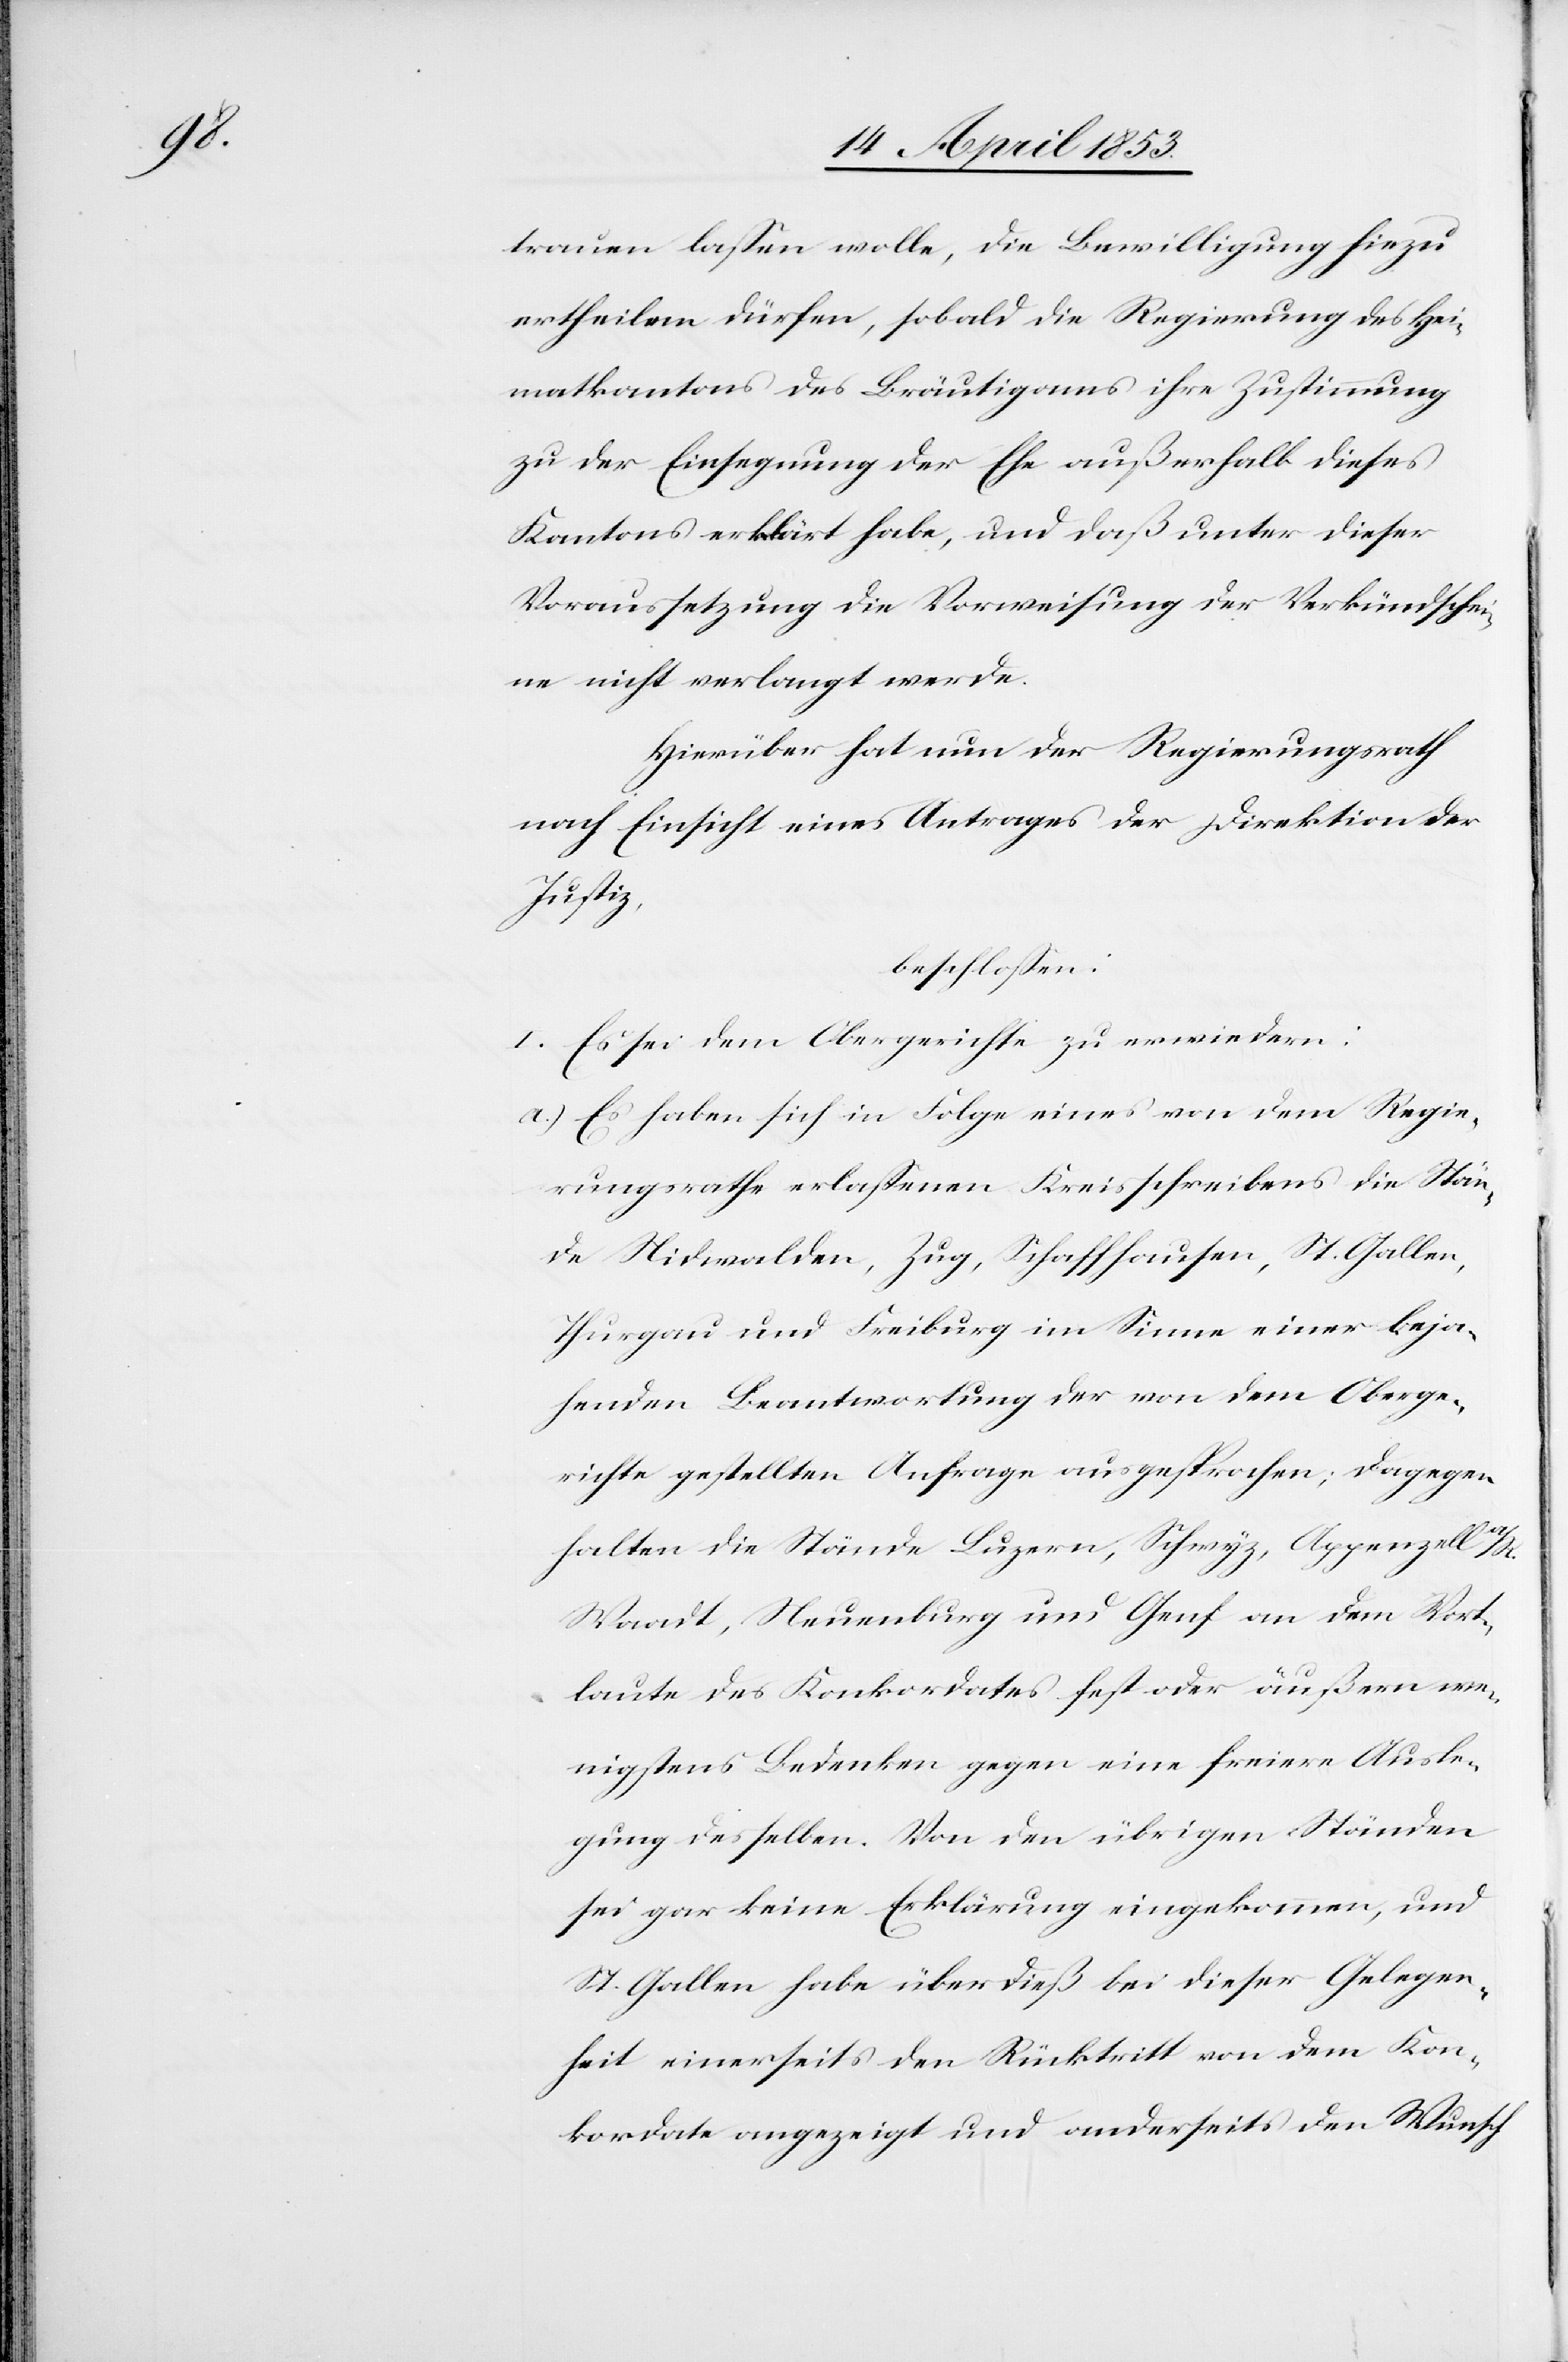
trauen laßen wolle, die Bewilligung hiezu
ertheilen dürfen, sobald die Regierung des Hei¬
matkantons des Bräutigams ihre Zustimmung
zu der Einsegnung der Ehe außerhalb dieses
Kantons erklärt habe, und daß unter dieser
Voraussetzung die Vorweisung der Verkündschei¬
ne nicht verlangt werde.
Hierüber hat nun der Regierungsrath
nach Einsicht eines Antrages der Direktion der
Justiz,
beschloßen:
I. Es sei dem Obergerichte zu erwiedern:
a.) Es haben sich in Folge eines von dem Regie¬
rungsrathe erlaßenen Kreisschreibens die Stän¬
de Nidwalden, Zug, Schaffhausen, St. Gallen,
Thurgau und Freiburg im Sinne einer beja¬
henden Beantwortung der von dem Oberge¬
richte gestellten Anfrage ausgesprochen; dagegen
halten die Stände Luzern, Schwyz, Appenzell a./R.,
Waadt, Neuenburg und Genf an dem Wort¬
laute des Konkordates fest oder äußern we¬
nigstens Bedenken gegen eine freiere Ausle¬
gung desselben. Von den übrigen Ständen
sei gar keine Erklärung eingekommen, und
St. Gallen habe überdieß bei dieser Gelegen¬
heit einerseits den Rücktritt von dem Kon¬
kordate angezeigt und anderseits den Wunsch